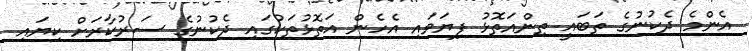
އެންމެ ދެކުނުގެ ތަބައީ ތިންއަތޮޅު ފިޔަވައި އެހެން އަތޮޅުތަކުގައި ދެކުނުގެ ސަރުކާރަށް ކިޔައި